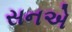
સનએ